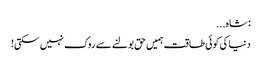
: شاہ...
دنیا کی کوئی طاقت ہمیں حق بولنے سے روک نہیں سکتی!